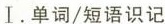
Ⅰ.单词/短语识记